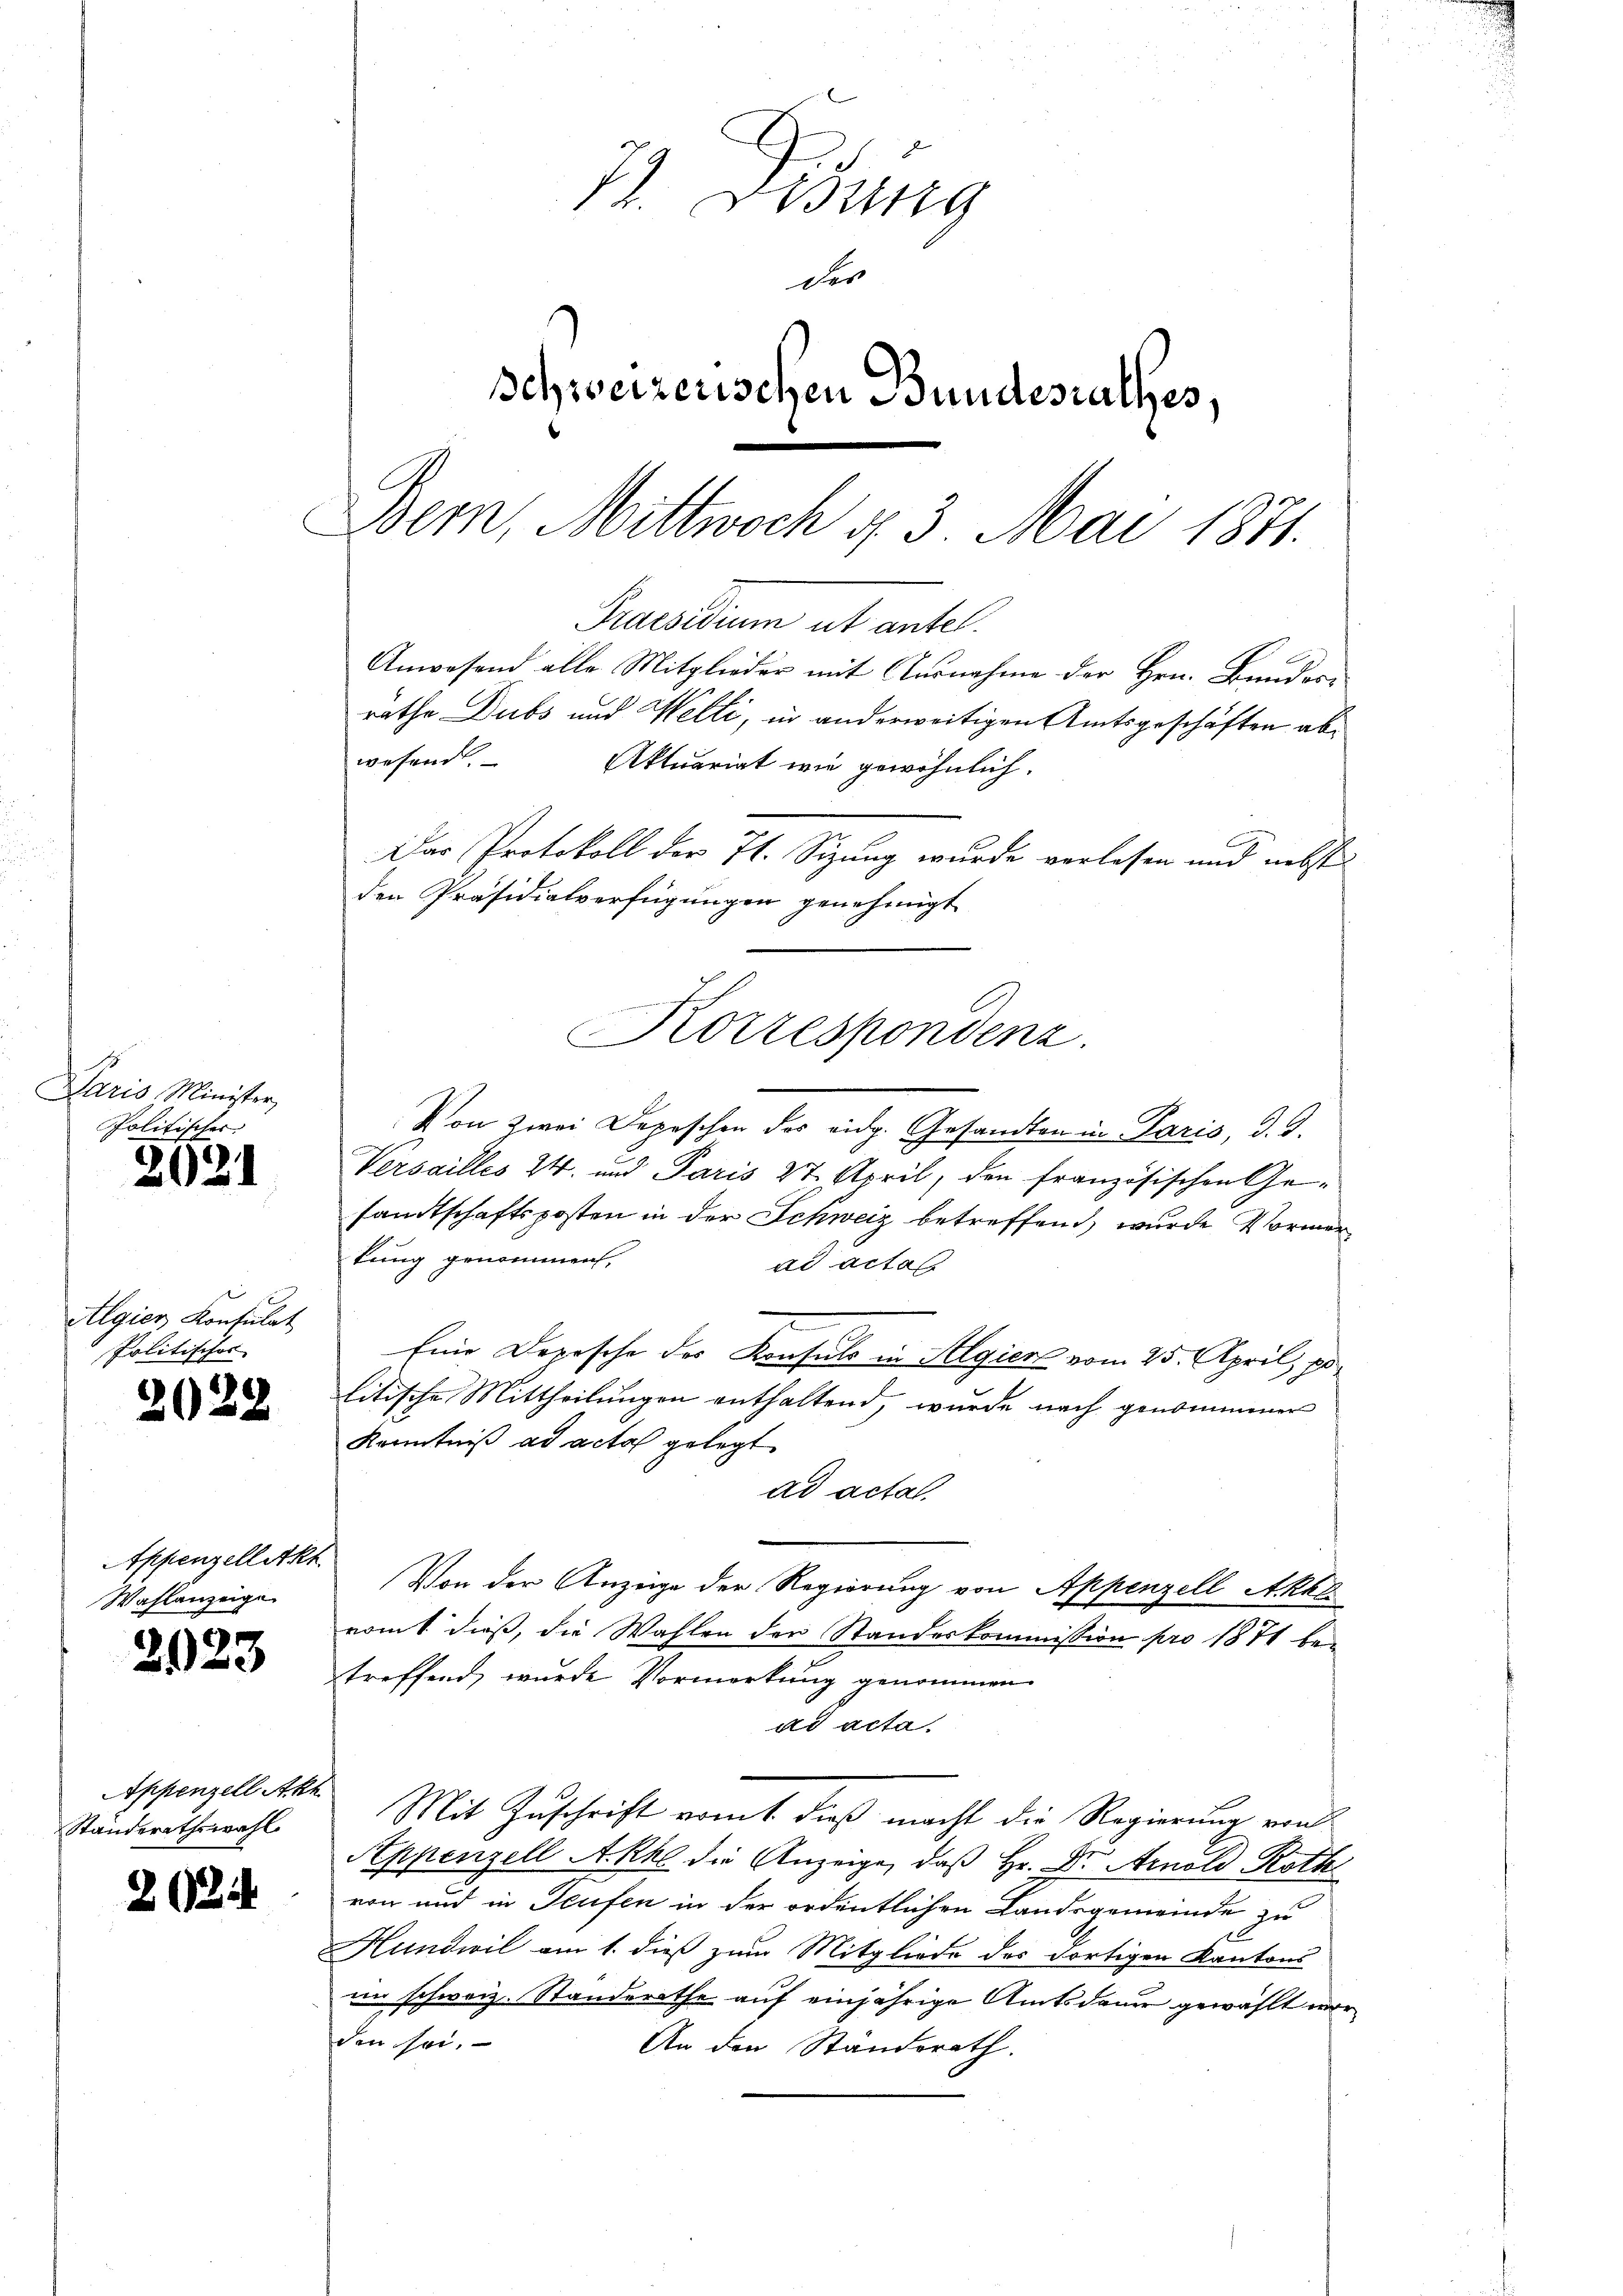
s
Iuris Minister,
Politischer

2021

Algier Konsulat
Politischos

2022

Appenzellakt
Wahlanzeige

2923

Appenzell Akt
Standerathswahl

22

72. Debung
der
Schweizerischen Bundesrathes,
Bern, Mittwoch u. 3. Mai 1871.

rathe Dubs und Welti, in anderweitigen Amtsgeschäften abwesend.
Aktuariat wie gewöhnlich.
Das Protokoll der 71. Sizung wurde vorlesen und nebst
den Präsidialverfügungen genehmigt
Korrespondenz.

Von Zwei Depeschen des eidg. Gesandten in Paris, d. d.
Versailles 24. und Paris 27. April, den französischen Gesandtschaftsposten in der Schweiz betreffend, wurde Vormertung genommen,
ad actas
Eine Depesche des Konsuls in Algiert vom 25. April, po
litische Mittheilungen enthaltend, wurde nach genommener
Kenntniß ad acta gelegt
ad acta.
Von der Anzeige der Regierung von Appenzell Akhl
romt dieß, die Wahlen der Standeskommission pro 1871 betreffend, wurde Vormerkung genommen
ad acta.
Mit Zuschrift vom 1. dieß macht die Regierung von
Appenzell Akko die Anzeige, daß Hr. Dr. Arnold Roth
von und in Teufen in der ordentlichen Landsgemeinde zu
Hundwil am 1. dieß zum Mitgliede des dortigen Kantons
im schweiz. Standerathe auf einjährige Amtsdauer gewählt worden sei.
An den Standsrath.

Praesidium ut antel.
Anwesend alle Mitglieder mit Ausnahme der Hrn. Bundei-